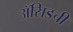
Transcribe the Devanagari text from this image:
अँसिडची